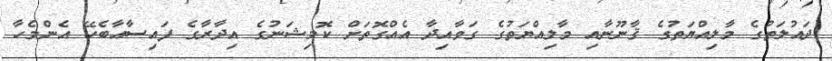
ދައުލަތުގެ މާލިއްޔަތުގެ ޤާނޫނާއި މާލިއްޔަތުގެ ގަވާއިދާ އެއްގޮތަށް ކޮމިޝަނުގެ އިދާރާގެ ފައިސާއާބެހޭ އެންމެހާ